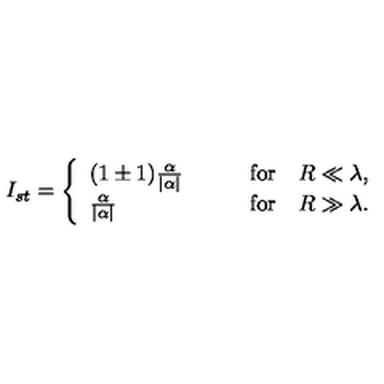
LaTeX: I _ { s t } = \left\{ \begin{array} { l l } { ( 1 \pm 1 ) \frac { \alpha } { | \alpha | } \qquad } & { \mathrm { f o r } \quad R \ll \lambda , } \\ { \frac { \alpha } { | \alpha | } \qquad } & { \mathrm { f o r } \quad R \gg \lambda . } \\ \end{array} \right.